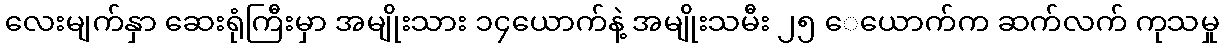
လေးမျက်နှာ ဆေးရုံကြီးမှာ အမျိုးသား ၁၄ယောက်နဲ့ အမျိုးသမီး ၂၅ ေယောက်က ဆက်လက် ကုသမှု